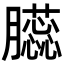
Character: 𦢬